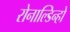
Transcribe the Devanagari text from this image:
रोनाल्‍डिन्‍हो